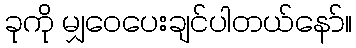
ခုကို မျှဝေပေးချင်ပါတယ်နော်။